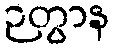
ဉတွာန